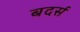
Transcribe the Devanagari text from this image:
बदर्स